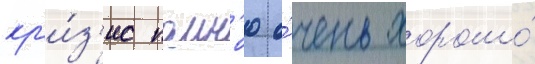
кр'и́з'ис помн'ю о́чень хорошо́